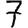
Digit: 7